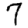
Digit: 7